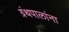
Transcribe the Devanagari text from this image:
ग्रंथपालांना